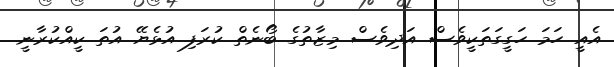
އެއީ ހަަމަ ހަގީގަތަކީވެސް އަދިވެސް މިޒާތުގެ ބޯނެތް ކުރަފި އުޅެޔޭ އުތަ ކީއްކުރާނީ